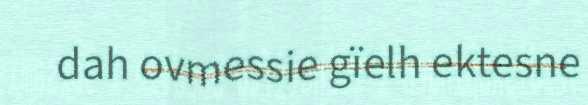
dah ovmessie gïelh ektesne